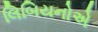
લિબિયનોએ